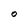
Character: O